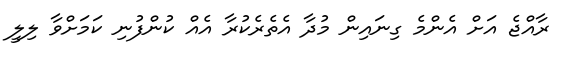
ރާއްޖެ އަށް އެންމެ ގިނައިން މުދާ އެތެރެކުރާ އެއް ކުންފުނި ކަމަށްވާ ލިލީ